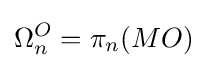
\Omega _{n}^{O}=\pi _{n}(MO)